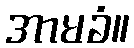
အာမခံ။